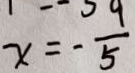
x = - \frac { 9 } { 5 }